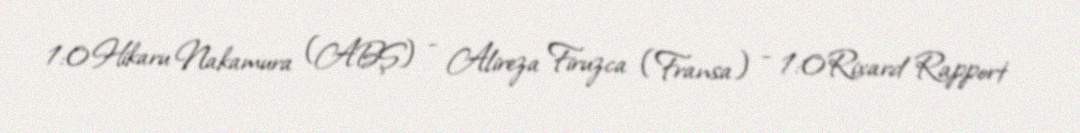
1:0Hikaru Nakamura (ABŞ) - Alireza Firuzca (Fransa) - 1:0Rixard Rapport